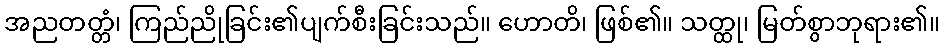
အညတတ္တံ၊ ကြည်ညိုခြင်း၏ပျက်စီးခြင်းသည်။ ဟောတိ၊ ဖြစ်၏။ သတ္ထု၊ မြတ်စွာဘုရား၏။